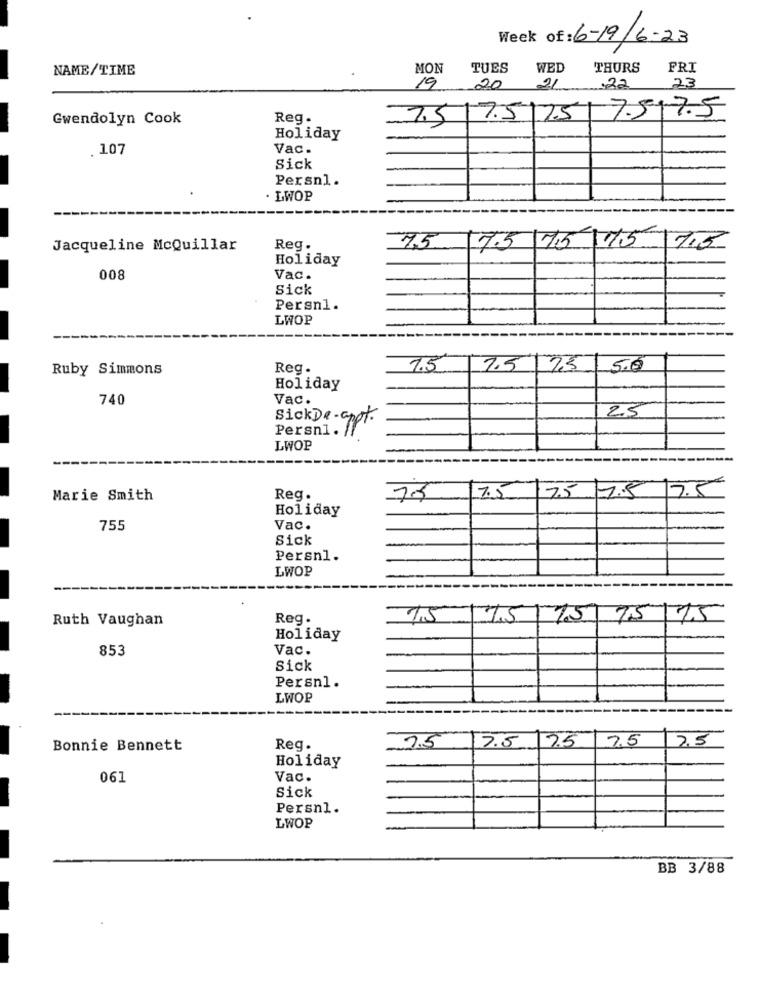
Week of: 6-19/6-23
NAME/TIME
MON
TUES
WED
THURS
FRI
.22
23
19
20
21
7.517.5
Gwendolyn Cook
Reg.
7.5
7.5/75
Holiday
. 107
Vac.
Sick
Persn1.
. LWOP
7.5/7575
Jacqueline McQuillar
Reg.
75
7,5
Holiday
008
Vac.
Sick
Persn1.
LWOP
Ruby Simmons
Reg.
7.5
7.5 7.5
5.0
Holiday
740
Vac.
25
SickDe-appt.
Persni. //
LWOP
Marie Smith
Reg.
7.5
7.5 1.5 17.5
Holiday
755
Vac.
Sick
Persn1.
LWOP
Ruth Vaughan
Reg.
75/ 75/75
75/75
Holiday
853
Vac.
Sick
Persnl.
LWOP
7.5
17.5
25
7.5
2,5
Bonnie Bennett
Reg.
Holiday
061
Vac.
Sick
Persnl.
LWOP
BB 3/88